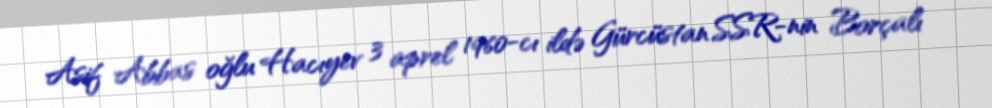
Asif Abbas oğlu Hacıyev 3 aprel 1960-cı ildə Gürcüstan SSR-nin Borçalı